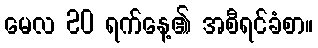
မေလ 20 ရက်နေ့၏ အစီရင်ခံစာ။